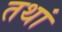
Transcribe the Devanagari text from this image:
तथां